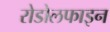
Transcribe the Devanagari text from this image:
रोडोलफाइन